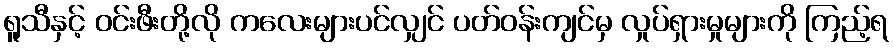
ရူသီနှင့် ဝင်းဖီးတို့လို ကလေးများပင်လျှင် ပတ်ဝန်းကျင်မှ လှုပ်ရှားမှုများကို ကြည့်ရ